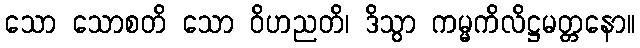
သော သောစတိ သော ဝိဟညတိ၊ ဒိသွာ ကမ္မကိလိဋ္ဌမတ္တနော။